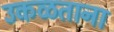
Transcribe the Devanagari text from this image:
उकळताना